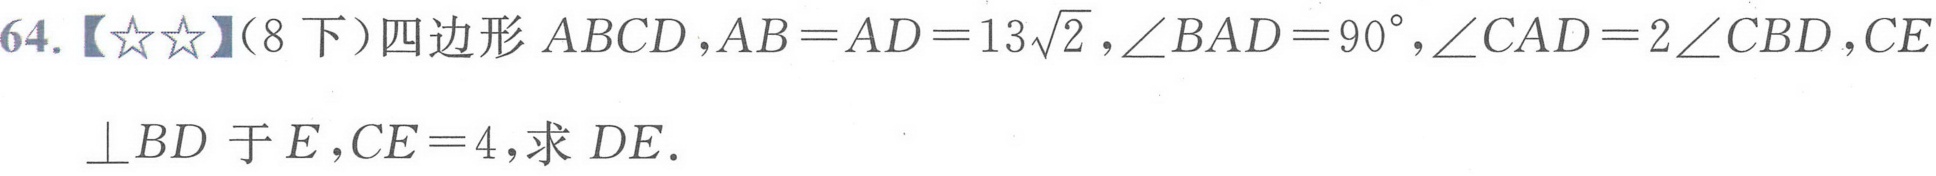
64.【★★】（8下）四边形 \(ABCD\)，\(AB = AD = 13\sqrt{2}\)，\(\angle BAD = 90^{\circ}\)，\(\angle CAD = 2\angle CBD\)，\(CE\perp BD\) 于 \(E\)，\(CE = 4\)，求 \(DE\).